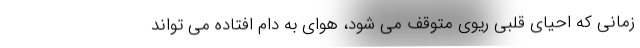
زمانی که احیای قلبی ریوی متوقف می شود، هوای به دام افتاده می تواند